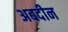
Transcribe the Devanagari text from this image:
अबदीन